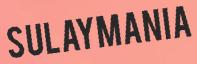
SULAYMANIA